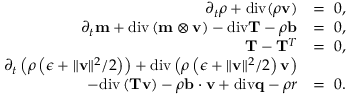
\begin{array} { r l } { \partial _ { t } \rho + \mathrm { d i v } ( \rho \mathbf { v } ) } & { = ~ 0 , } \\ { \partial _ { t } \mathbf { m } + \mathrm { d i v } \left( \mathbf { m } \otimes \mathbf { v } \right) - \mathrm { d i v } \mathbf { T } - \rho \mathbf { b } } & { = ~ 0 , } \\ { \mathbf { T } - \mathbf { T } ^ { T } } & { = ~ 0 , } \\ { \partial _ { t } \left( \rho \left( \epsilon + \| \mathbf { v } \| ^ { 2 } / 2 \right) \right) + \mathrm { d i v } \left( \rho \left( \epsilon + \| \mathbf { v } \| ^ { 2 } / 2 \right) \mathbf { v } \right) } & { } \\ { - \mathrm { d i v } \left( \mathbf { T } \mathbf { v } \right) - \rho \mathbf { b } \cdot \mathbf { v } + \mathrm { d i v } \mathbf { q } - \rho r } & { = ~ 0 . } \end{array}